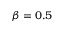
\beta = 0 . 5